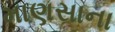
માણસાના